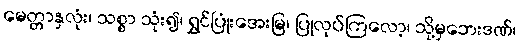
မေတ္တာနှလုံး၊ သစ္စာ သုံး၍၊ ရွှင်ပြုံးအေးမြ၊ ပြုလုပ်ကြလော့၊ သို့မှဘေးဒဏ်၊